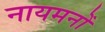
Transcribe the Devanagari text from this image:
नायमनों